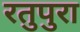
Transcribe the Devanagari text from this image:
रतुपुरा